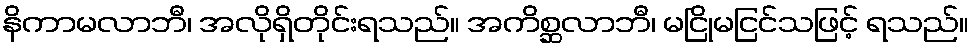
နိကာမလာဘီ၊ အလိုရှိတိုင်းရသည်။ အကိစ္ဆလာဘီ၊ မငြိုမငြင်သဖြင့် ရသည်။